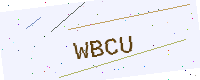
Text: WBCU